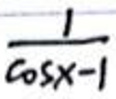
$\frac{1}{\cos x - 1}$